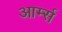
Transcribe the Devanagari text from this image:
आर्म्‍स